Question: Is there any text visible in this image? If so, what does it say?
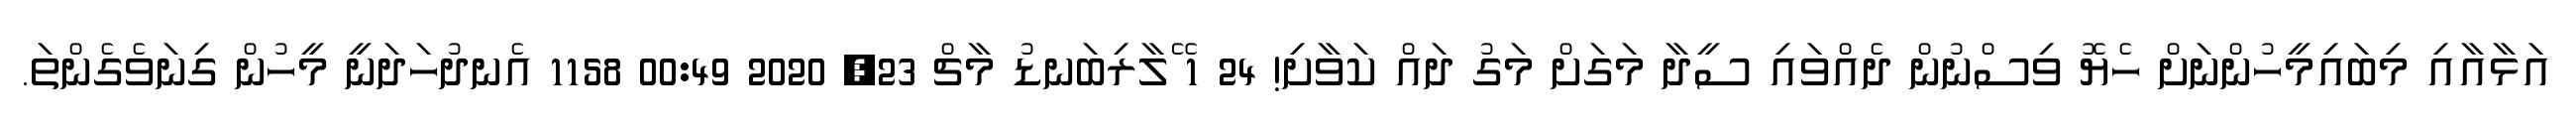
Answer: އަޅާއާއި މިބައިމީހުންނަށް ހެޔޮ ވިސްނުން ދެއްވައި ސީދާ މަގަށް މަގު ދައް ކަވާށި! 24 1 ޭލާރިބަނޑު މާޗް 23, 2020 00:49 1158 އެނދުހަދަނީ މީހުން ގިނަވެގެންތަ.